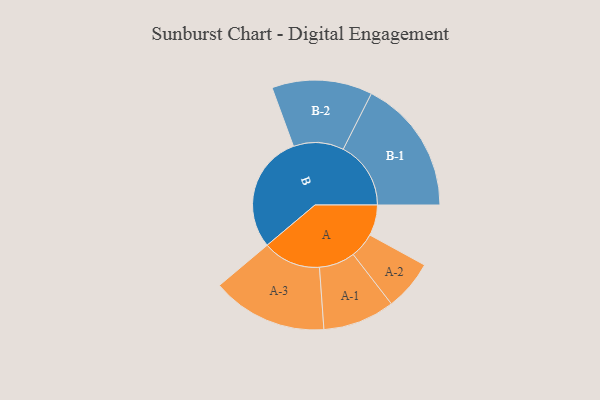
{"axis": {"x": "Segment", "y": "Value"}, "legend": ["", "A", "B"], "data": [{"x": "A", "y": 129, "type": ""}, {"x": "B", "y": 494, "type": ""}, {"x": "A-1", "y": 151, "type": "A"}, {"x": "A-2", "y": 106, "type": "A"}, {"x": "A-3", "y": 243, "type": "A"}, {"x": "B-1", "y": 284, "type": "B"}, {"x": "B-2", "y": 211, "type": "B"}]}